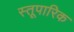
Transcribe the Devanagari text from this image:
स्तूपारिक